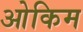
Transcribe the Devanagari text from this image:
ओकिम